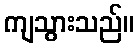
ကျသွားသည်။